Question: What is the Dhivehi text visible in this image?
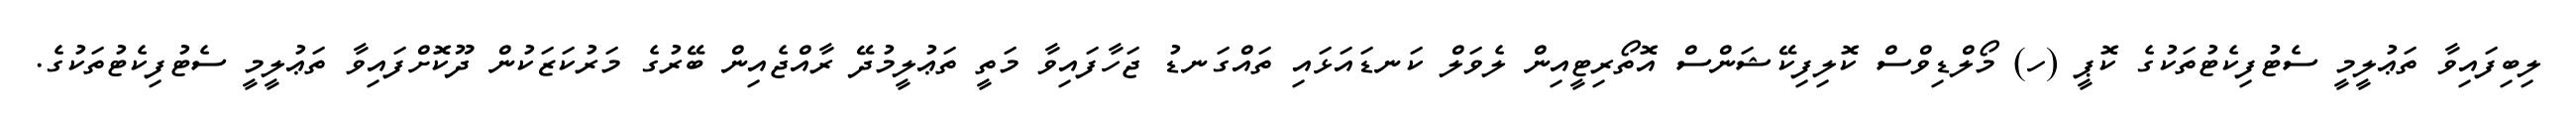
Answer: ލިބިފައިވާ ތަޢުލީމީ ސެޓުފިކެޓުތަކުގެ ކޮޕީ (ހ) މޯލްޑިވްސް ކޮލިފިކޭޝަންސް އޮތޯރިޓީއިން ލެވަލް ކަނޑައަޅައި ތައްގަނޑު ޖަހާފައިވާ މަތީ ތަޢުލީމުދޭ ރާއްޖެއިން ބޭރުގެ މަރުކަޒަކުން ދޫކޮށްފައިވާ ތަޢުލީމީ ސެޓުފިކެޓުތަކުގެ.